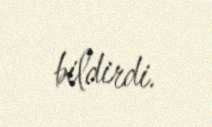
bildirdi.